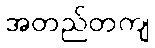
အတည်တကျ